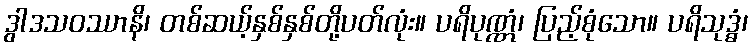
ဒွါဒသဝဿာနိ၊ တစ်ဆယ့်နှစ်နှစ်တို့ပတ်လုံး။ ပရိပုဏ္ဏံ၊ ပြည့်စုံသော။ ပရိသုဒ္ဓံ၊